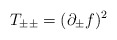
\begin{align*}\:T_{\pm \pm } = (\partial_{\pm }f)^{2}\:\end{align*}